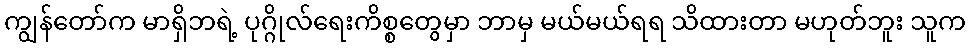
ကျွန်တော်က မာရှိဘရဲ့ ပုဂ္ဂိုလ်ရေးကိစ္စတွေမှာ ဘာမှ မယ်မယ်ရရ သိထားတာ မဟုတ်ဘူး သူက